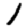
Digit: 1